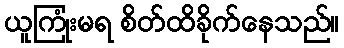
ယူကြုံးမရ စိတ်ထိခိုက်နေသည်။